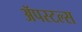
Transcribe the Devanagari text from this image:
ॲपस्टल्स